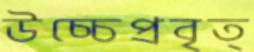
উচ্চেপ্রবৃত্